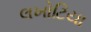
લખોટિયા